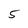
Character: 5